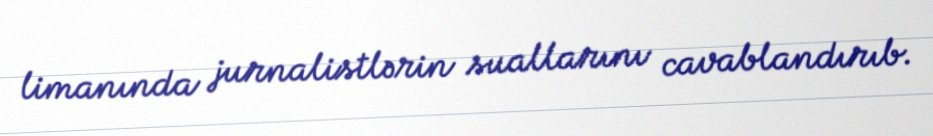
limanında jurnalistlərin suallarını cavablandırıb.